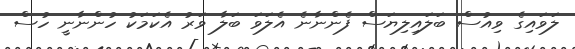
ލަވައިގެ ވިއުސް ބަލައިލިޔަސް ފެންނާނެ އެލަވަ ބަލާ ވަރު އެކަމަކު ހުންނާނީ ހުސް